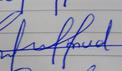
Signature authenticity: forged